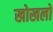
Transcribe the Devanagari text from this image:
खोखलों